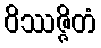
ဝိဿဇ္ဇိတံ